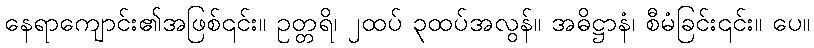
နေရာကျောင်း၏အဖြစ်၎င်း။ ဥတ္တရိ၊ ၂ထပ် ၃ထပ်အလွန်။ အဓိဋ္ဌာနံ၊ စီမံခြင်း၎င်း။ ပေ။